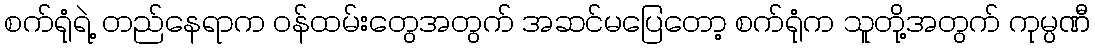
စက်ရုံရဲ့ တည်နေရာက ဝန်ထမ်းတွေအတွက် အဆင်မပြေတော့ စက်ရုံက သူတို့အတွက် ကုမ္ပဏီ